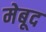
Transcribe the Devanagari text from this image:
मेबूद